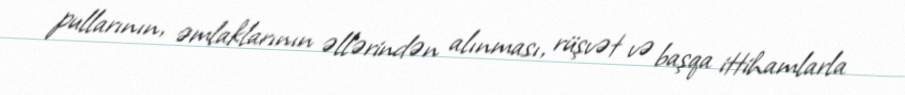
pullarının, əmlaklarının əllərindən alınması, rüşvət və başqa ittihamlarla